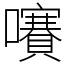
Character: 㘔